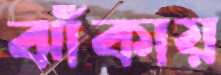
ঝাঁকায়